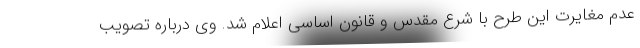
عدم مغایرت این طرح با شرع مقدس و قانون اساسی اعلام شد. وی درباره تصویب